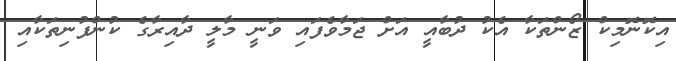
އިކޮނޮމިކް ޒޯންތަކާ އެކު ދުބާއީ އަށް ޖަމާވެފައި ވަނީ މާލީ ދާއިރާގެ ކުންފުނިތަކާއި